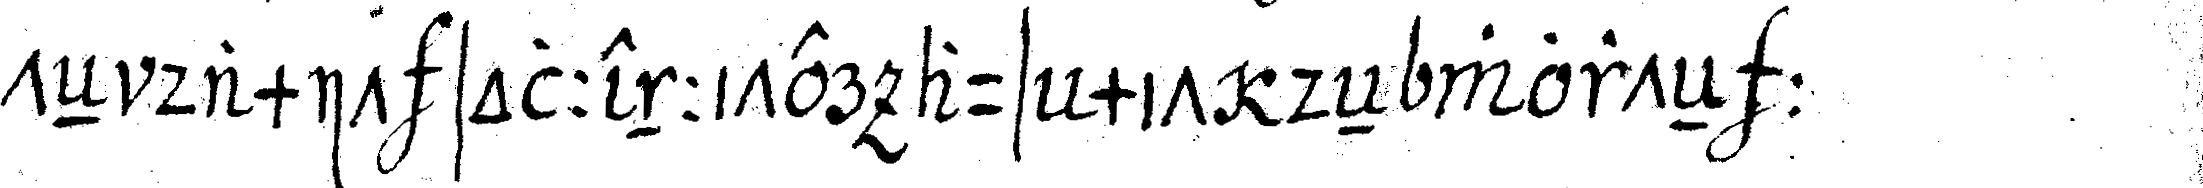
teN damit sollenniter aus mit deN worteN :